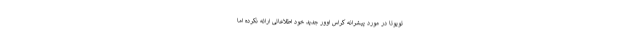
تویوتا در مورد پیشرانه کراس اوور جدید خود اطلاعاتی ارائه نکرده اما